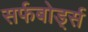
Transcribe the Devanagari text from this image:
सर्फबोर्ड्स